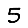
Digit: 5